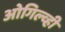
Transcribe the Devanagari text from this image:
ओगिल्व्ही